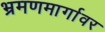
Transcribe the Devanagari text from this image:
भ्रमणमार्गावर